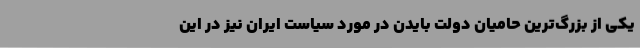
یکی از بزرگ‌ترین حامیان دولت بایدن در مورد سیاست ایران نیز در این